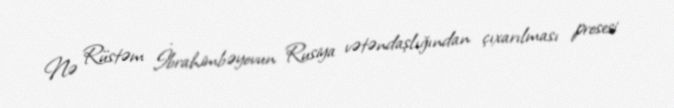
Nə Rüstəm İbrahimbəyovun Rusiya vətəndaşlığından çıxarılması prosesi